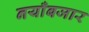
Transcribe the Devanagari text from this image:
नयाँबजार